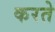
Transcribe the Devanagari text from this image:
करते